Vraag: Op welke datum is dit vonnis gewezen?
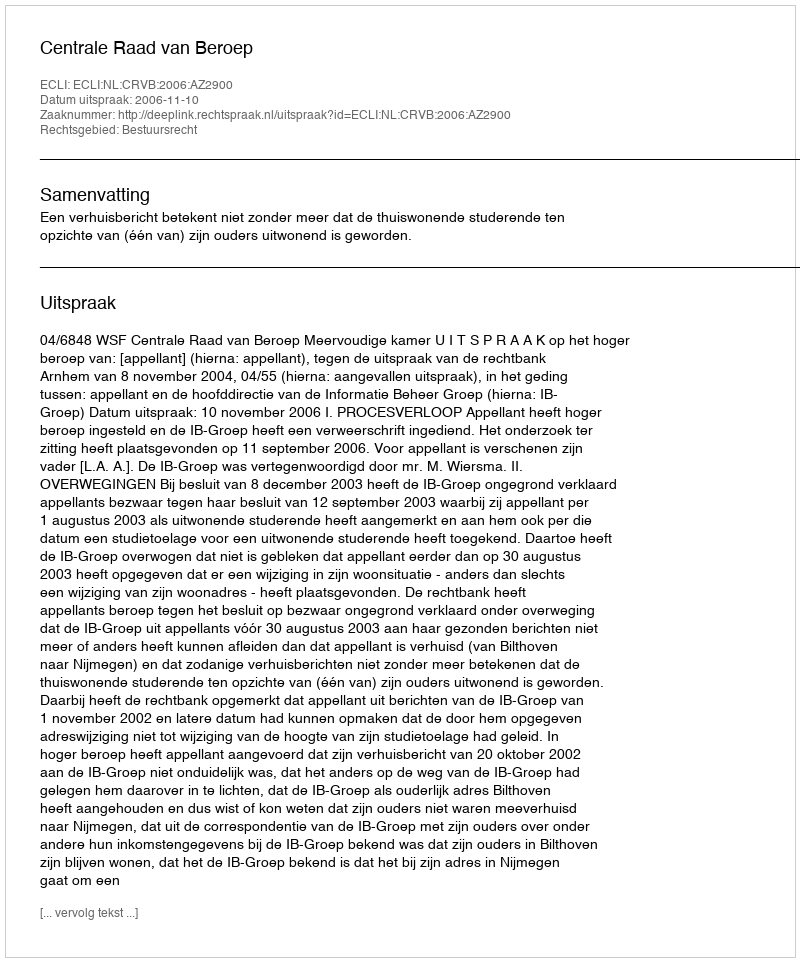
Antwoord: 2006-11-10